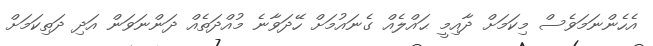
އެހެންނަމަވެސް މިކަމަށް ދާއިމީ ޙައްލެއް ގެނައުމަށް ހޭދަވާނެ މުއްދަތެއް ދަންނަވަން އަދި ދަތިކަމަށް